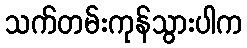
သက်တမ်းကုန်သွားပါက